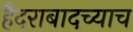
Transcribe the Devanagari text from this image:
हैदराबादच्याच